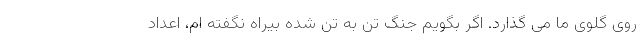
روی گلوی ما می گذارد. اگر بگویم جنگ تن به تن شده بیراه نگفته ام، اعداد